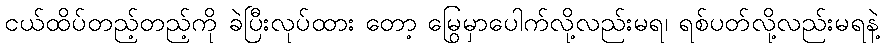
ငယ်ထိပ်တည့်တည့်ကို ခဲပြီးလုပ်ထား တော့ မြွေမှာပေါက်လို့လည်းမရ၊ ရစ်ပတ်လို့လည်းမရနဲ့